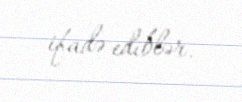
ifadə ediblər.